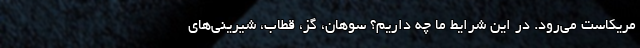
مریکاست می‌رود. در این شرایط ما چه داریم؟ سوهان، گز، قطاب، شیرینی‌های